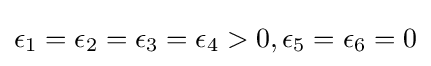
\epsilon _{1}=\epsilon _{2}=\epsilon _{3}=\epsilon _{4}>0,\epsilon _{5}=\epsilon _{6}=0